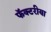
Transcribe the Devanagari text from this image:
फॅक्टरीया